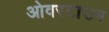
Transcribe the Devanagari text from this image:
ओवरटाउन